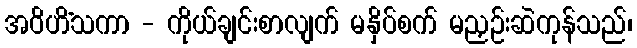
အဝိဟိံသကာ - ကိုယ်ချင်းစာလျက် မနှိပ်စက် မညှဉ်းဆဲကုန်သည်၊